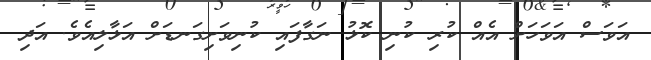
އަވަސް އަވަހަށް އެއް ކުރި ކުނި ކޮޅު ނަގާފައި ކުނިވަށިގަނޑަށް އަޅާލިއެވެ. އަދި